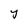
Character: y